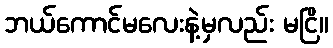
ဘယ်ကောင်မလေးနဲ့မှလည်း မငြိ။